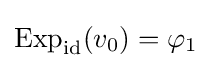
\operatorname {Exp} _{\rm {id}}(v_{0})=\varphi _{1}